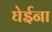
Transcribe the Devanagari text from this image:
घेईना